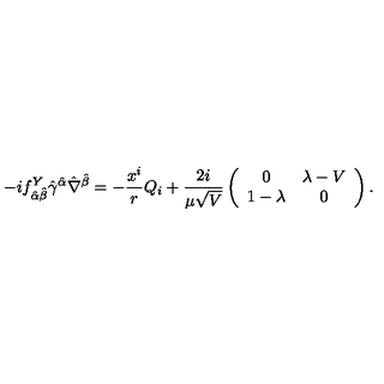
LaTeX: - i f _ { \hat { \alpha } \hat { \beta } } ^ { Y } \hat { \gamma } ^ { \hat { \alpha } } \hat { \nabla } ^ { \hat { \beta } } = - \frac { x ^ { i } } { r } Q _ { i } + \frac { 2 i } { \mu \sqrt { V } } \left( \begin{array} { c c } { 0 } & { \lambda - V } \\ { 1 - \lambda } & { 0 } \\ \end{array} \right) .